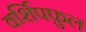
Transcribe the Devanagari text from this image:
वर्शिपफ़ुल